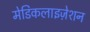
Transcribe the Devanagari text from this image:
मेडिकलाइज़ेशन